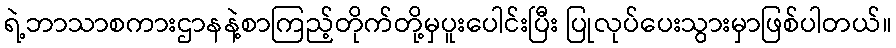
ရဲ့ဘာသာစကားဌာနနဲ့စာကြည့်တိုက်တို့မှပူးပေါင်းပြီး ပြုလုပ်ပေးသွားမှာဖြစ်ပါတယ်။